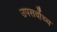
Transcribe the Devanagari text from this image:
उपसर्वोच्च